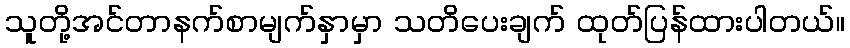
သူတို့အင်တာနက်စာမျက်နှာမှာ သတိပေးချက် ထုတ်ပြန်ထားပါတယ်။